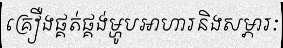
គ្រឿងផ្គត់ផ្គង់ម្ហូបអាហារនិងសម្ភារៈ